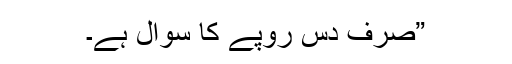
”صرف دس روپے کا سوال ہے۔